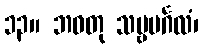
၁၃။ ဘဝတု သဗ္ဗမင်္ဂလံ၊